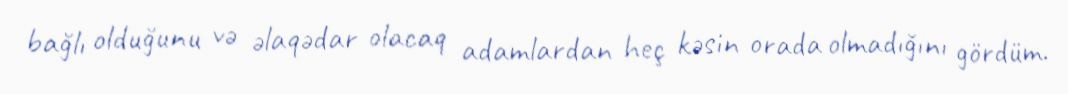
bağlı olduğunu və əlaqədar olacaq adamlardan heç kəsin orada olmadığını gördüm.